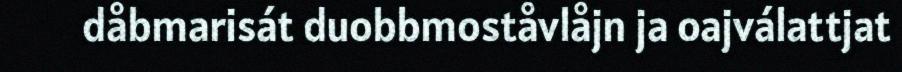
dåbmarisát duobbmoståvlåjn ja oajválattjat